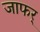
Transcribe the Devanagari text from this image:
जाफर्